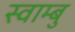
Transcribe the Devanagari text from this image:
स्वाम्बु